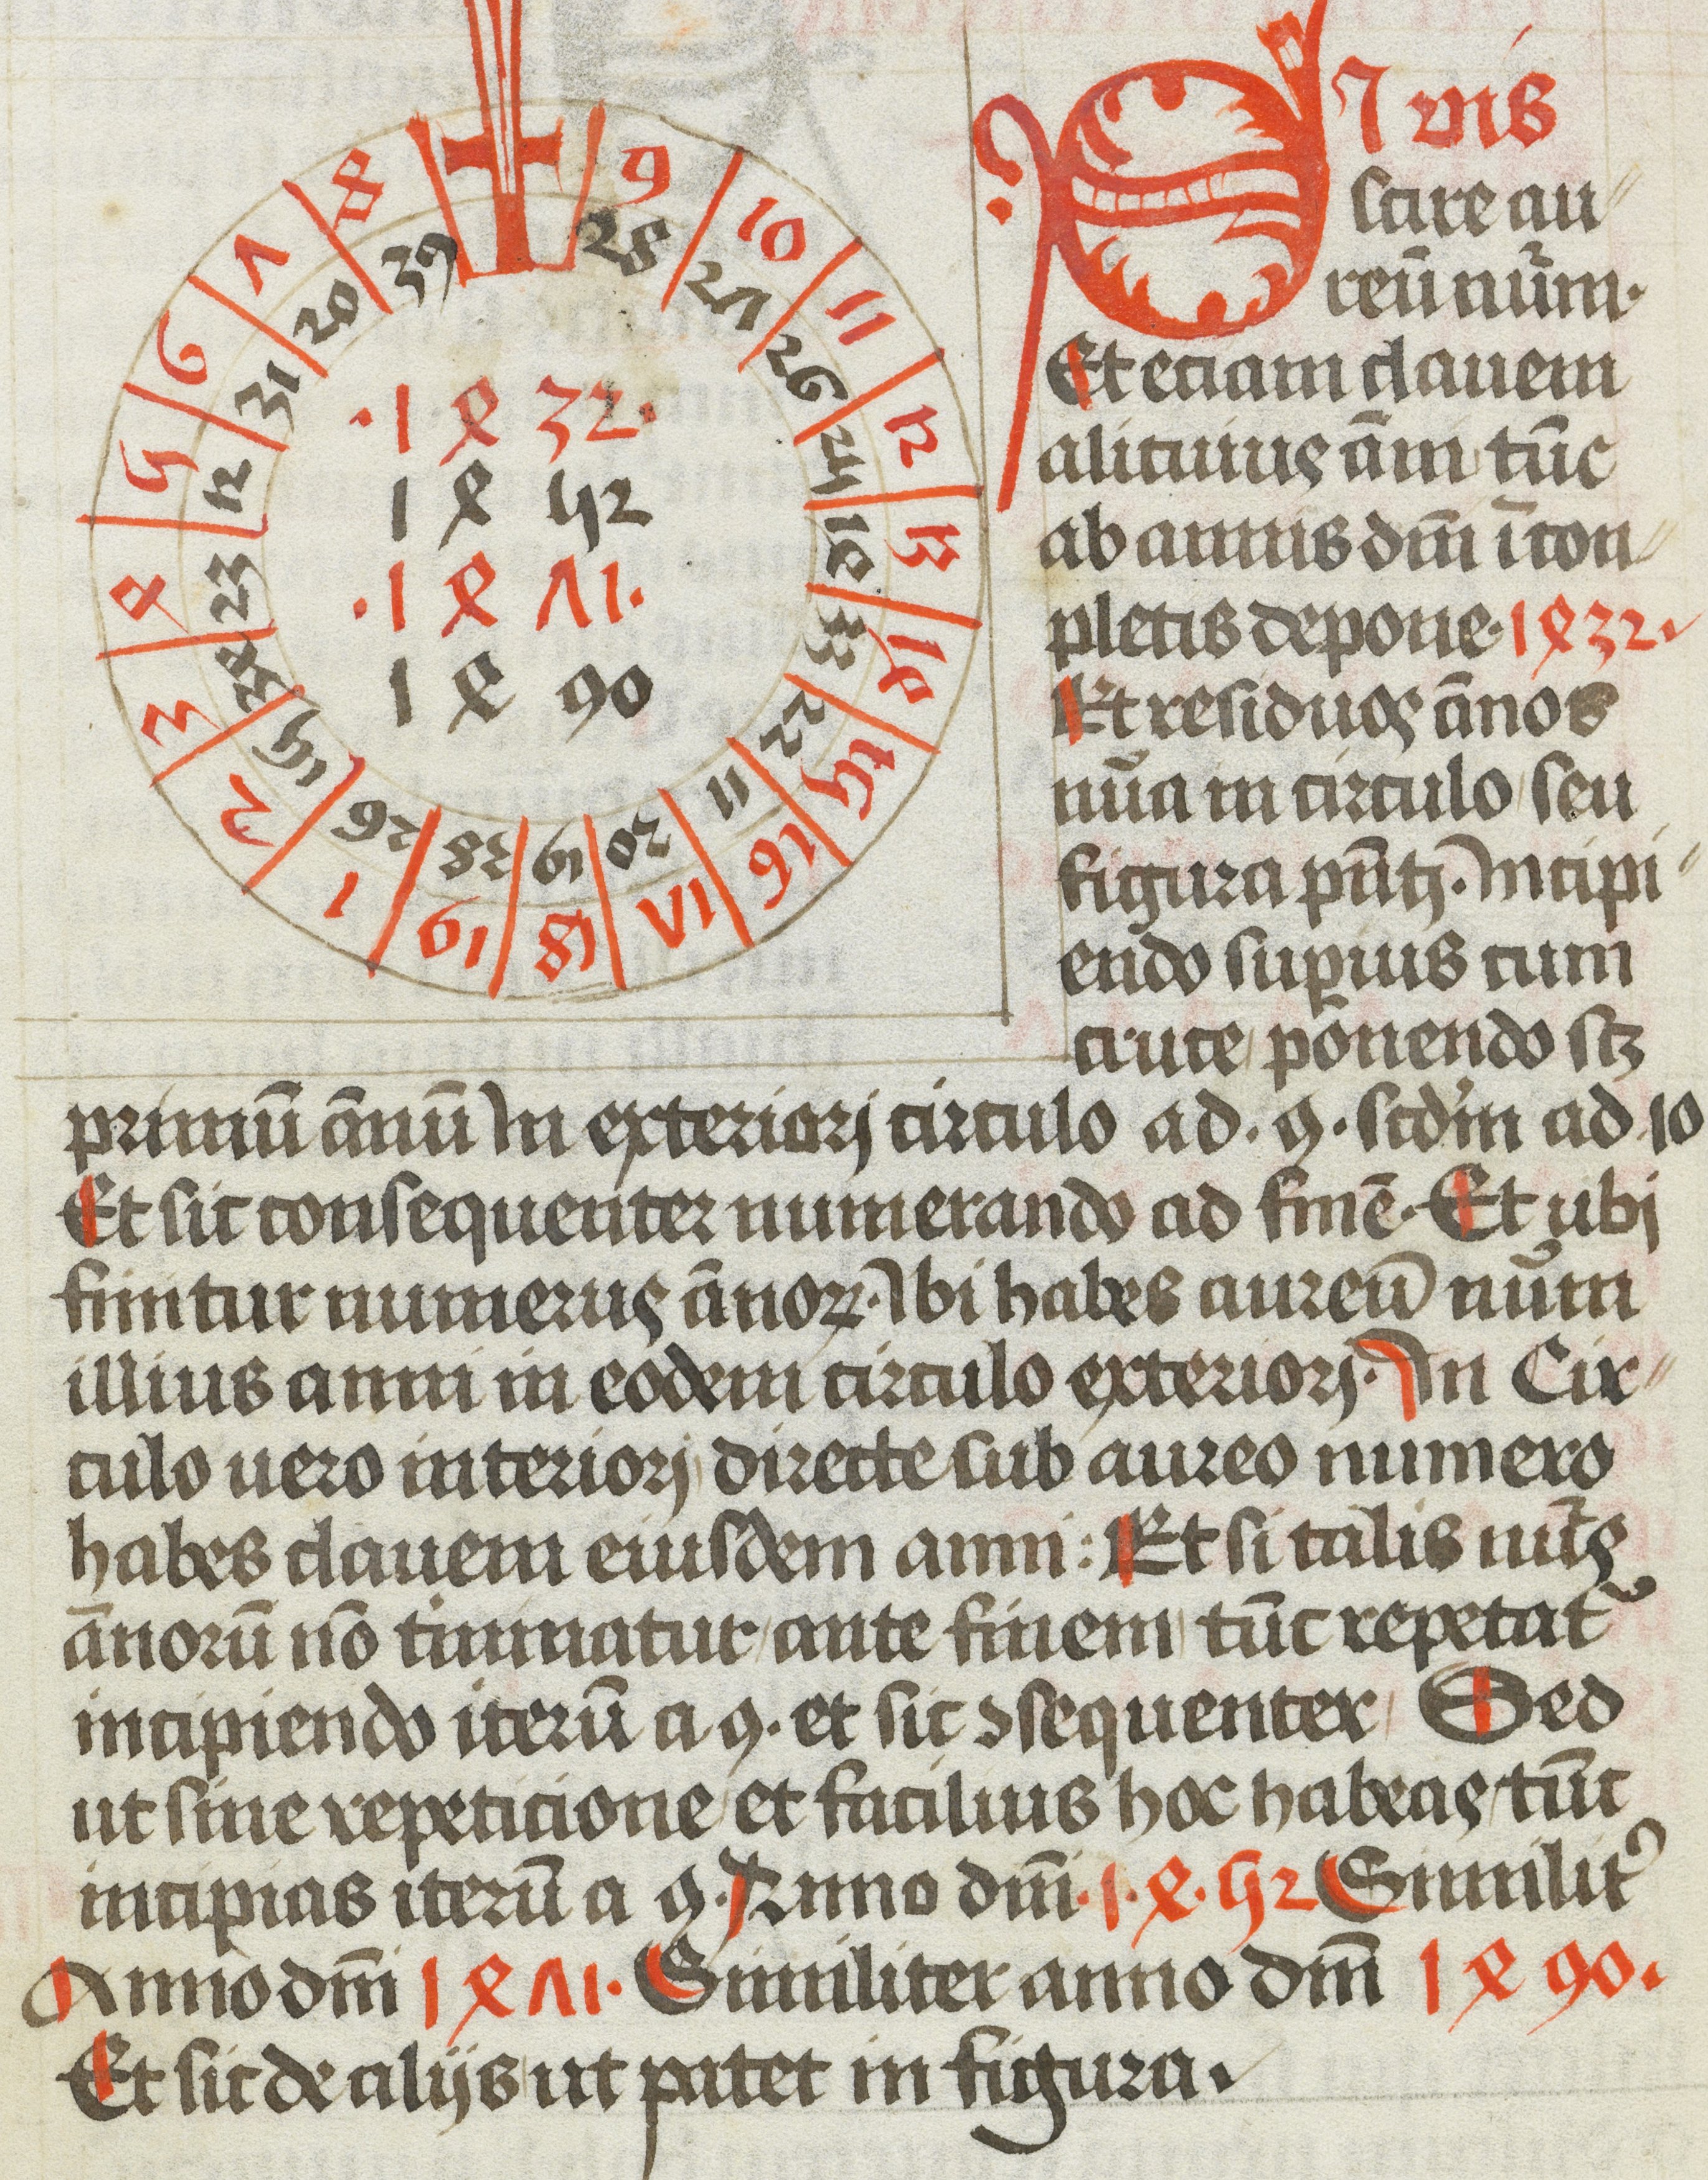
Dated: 1472–1472